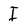
Character: I